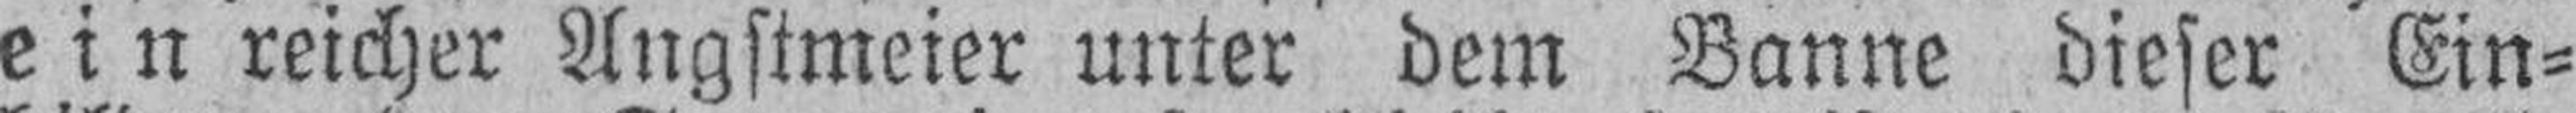
ein reicher Angstmeier unter dem Banne dieser Ein¬